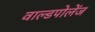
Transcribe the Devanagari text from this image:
वाल्डपोलेंज